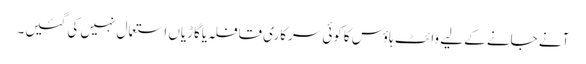
آنے جانے کے لیے وائٹ ہاؤس کاکوئی سرکاری قافلہ یاگاڑیاں استعمال نہیں کی گئیں۔